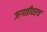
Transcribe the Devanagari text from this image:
जगतीवरच